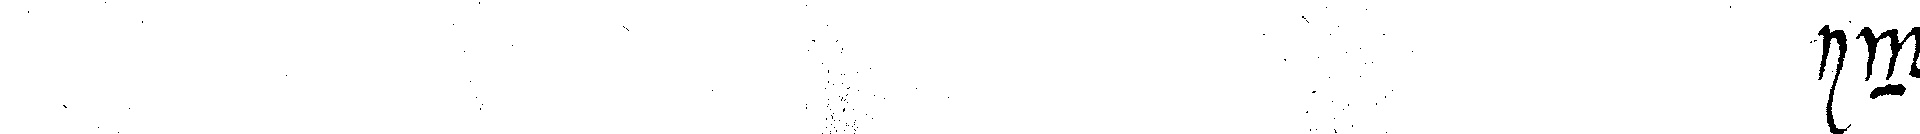
# in